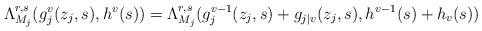
LaTeX: \begin{align*}\Lambda_{M_j}^{r,s}(g_j^v(z_j,s),h^v(s))=\Lambda_{M_j}^{r,s}(g_j^{v-1}(z_j,s)+g_{j|v}(z_j,s),h^{v-1}(s)+h_v(s))\end{align*}